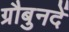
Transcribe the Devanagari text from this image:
ग्रौबुनदें